Studies on the mouth parts a Comparative anatomy of the proboscis in the blood-sucking muscidae - Number 60
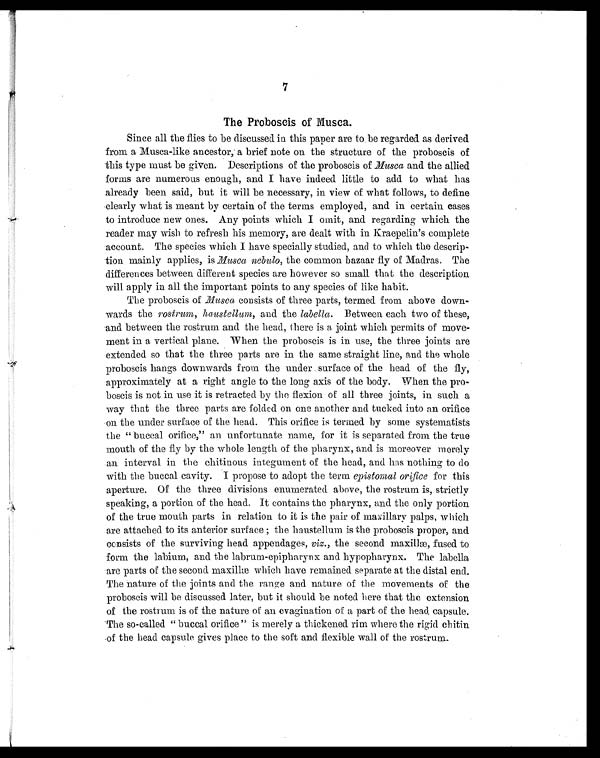
7
The Proboscis of Musca.
Since all the flies to be discussed in this paper are to be regarded as derived
from a Musca-like ancestor, a brief note on the structure of the proboscis of
this type must be given. Descriptions of the proboscis of Musca and the allied
forms are numerous enough, and I have indeed little to add to what has
already been said, but it will be necessary, in view of what follows, to define
clearly what is meant by certain of the terms employed, and in certain cases
to introduce new ones. Any points which I omit, and regarding which the
reader may wish to refresh his memory, are dealt with in Kraepelin's complete
account. The species which I have specially studied, and to which the descrip-
tion mainly applies, is Musca nebulo, the common bazaar fly of Madras. The
differences between different species are however so small that the description
will apply in all the important points to any species of like habit.
The proboscis of Musca consists of three parts, termed from above down-
wards the rostrum, haustellum, and the labella. Between each two of these,
and between the rostrum and the head, there is a joint which permits of move-
ment in a vertical plane. When the proboscis is in use, the three joints are
ext ended so t hat t he t hree part s are i n t he same st rai ght l i ne, and t he whol e
proboscis hangs downwards from the under surface of the head of the fly,
approximately at a right angle to the long axis of the body. When the pro-
boscis is not in use it is retracted by the flexion of all three joints, in such a
way that the three parts are folded on one another and tucked into an orifice
on the under surface of the head. This orifice is termed by some systematists
the "buccal orifice," an unfortunate name, for it is separated from the true
mouth of the fly by the whole length of the pharynx, and is moreover merely
an interval in the chitinous integument of the head, and has nothing to do
with the buccal cavity. I propose to adopt the term epistomal orifice for this
aperture. Of the three divisions enumerated above, the rostrum is, strictly
speaking, a portion of the head. It contains the pharynx, and the only portion
of the true mouth parts in relation to it is the pair of maxillary palps, which
are attached to its anterior surface; the haustellum is the proboscis proper, and
consists of the surviving head appendages, viz., the second maxillæ, fused to
form the labium, and the labrum-epipharynx and hypopharynx. The labella
are parts of the second maxillæ which have remained separate at the distal end.
The nature of the joints and the range and nature of the movements of the
proboscis will be discussed later, but it should be noted here that the extension
of the rostrum is of the nature of an evagination of a part of the head capsule.
The so-called "buccal orifice" is merely a thickened rim where the rigid chitin
,of the head capsule gives place to the soft and flexible wall of the rostrum.